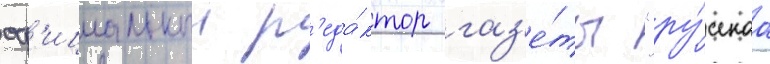
оф'ициальныи р'еда́ктор газ'е́ты "ру́сскаа